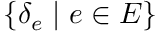
\{ \delta _ { e } \mid e \in E \}